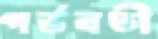
গর্ভবতী